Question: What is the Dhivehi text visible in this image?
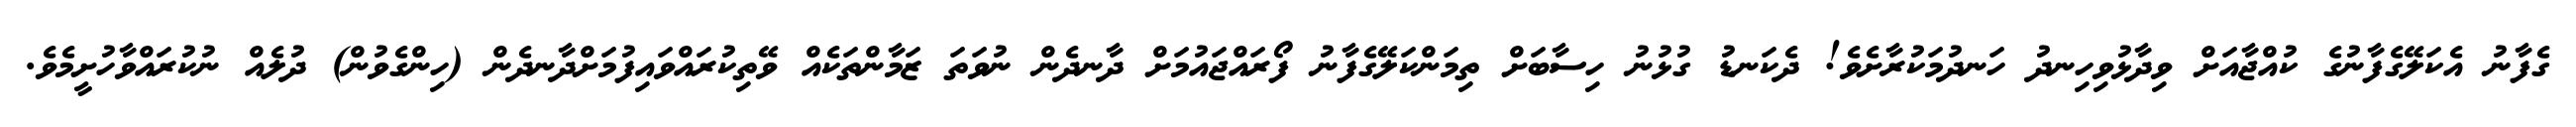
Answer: ގެފާނު އެކަލޭގެފާނުގެ ކުއްޖާއަށް ވިދާޅުވިހިނދު ހަނދުމަކުރާށެވެ! ދެކަނޑު ގުޅުނު ހިސާބަށް ތިމަންކަލޭގެފާނު ފޯރައްޖައުމަށް ދާނދެން ނުވަތަ ޒަމާންތަކެއް ވޭތިކުރައްވައިފުމަށްދާނދެން (ހިންގެވުން) ދުލެއް ނުކުރައްވާހުށީމެވެ.